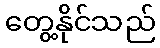
တွေ့နိုင်သည်